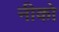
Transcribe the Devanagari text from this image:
नीको